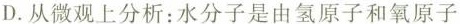
D.从微观上分析：水分子是由氢原子和氧原子